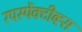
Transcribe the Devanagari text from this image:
रपर्स्पेक्टीव्ह्स